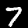
Label: 7